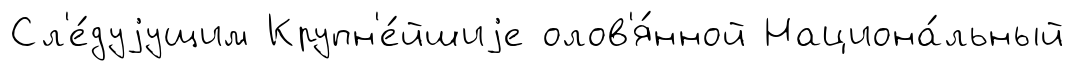
Сл'е́дуjущим Крупн'е́йшиjе олов'я́нной Национа́льный